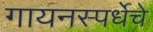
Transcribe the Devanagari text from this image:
गायनस्पर्धेचे